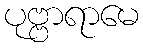
ပုဗ္ဗာရာမေ